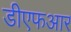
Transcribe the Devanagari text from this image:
डीएफआर